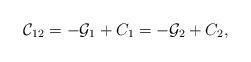
LaTeX: \begin{align*} \mathcal{C}_{12}=-\mathcal{G}_1+C_1=-\mathcal{G}_2+C_2,\end{align*}